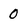
Character: 0